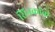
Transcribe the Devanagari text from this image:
सिनकॉक